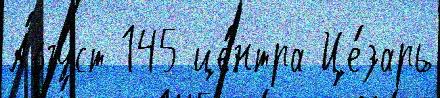
А́вгуст 145 це́нтра Це́зарь